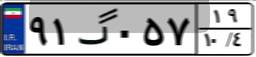
۴۷گ۳۵۹۷۴